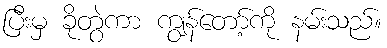
ပြီးမှ ခိုတွဲကာ ကျွန်တော့်ကို နမ်းသည်။